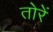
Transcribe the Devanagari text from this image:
तोरें